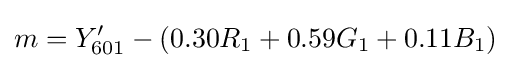
m=Y_{601}^{\prime }-(0.30R_{1}+0.59G_{1}+0.11B_{1})